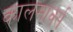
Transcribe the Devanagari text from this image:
कालमार्क्स